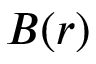
B ( r )